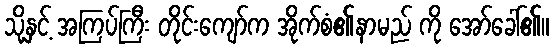
သို့နှင့် အကြပ်ကြီး တိုင်းကျော်က အိုက်စံ၏နာမည် ကို အော်ခေါ်၏။